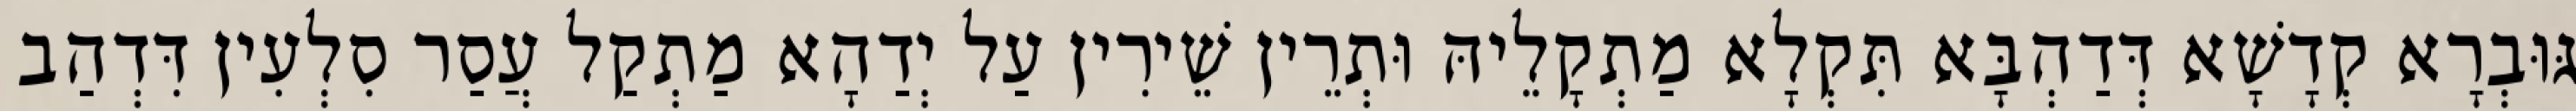
גּוּבְרָא קְדָשָׁא דְּדַהְבָּא תִּקְלָא מַתְקָלֵיהּ וּתְרֵין שֵׁירִין עַל יְדַהָא מַתְקַל עֲסַר סִלְעִין דִּדְהַב